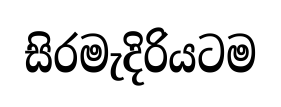
සිරමැදිරියටම